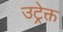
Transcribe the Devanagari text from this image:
उट्रेक्त